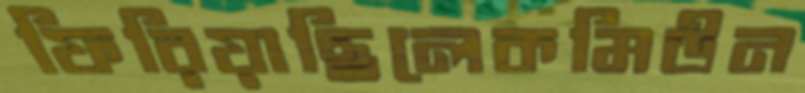
ফিরিয়াছিলেকমিউন